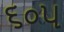
૬૦૫